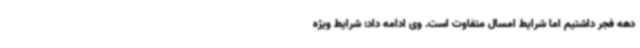
دهه فجر داشتیم اما شرایط امسال متفاوت است. وی ادامه داد: شرایط ویژه